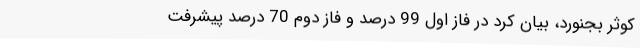
کوثر بجنورد، بیان کرد در فاز اول 99 درصد و فاز دوم 70 درصد پیشرفت